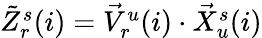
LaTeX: \begin{array}{r}{\tilde{Z}_{r}^{s}(i)=\vec{V}_{r}^{u}(i)\cdot\vec{X}_{u}^{s}(i)}\end{array}